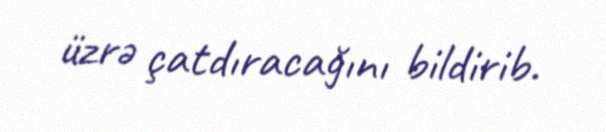
üzrə çatdıracağını bildirib.